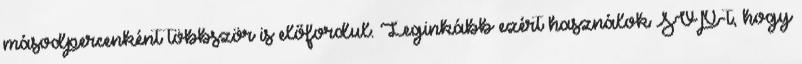
másodpercenként többször is előfordul. Leginkább ezért használok SVP-t, hogy